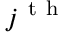
j ^ { \mathrm { ~ t ~ h ~ } }